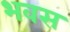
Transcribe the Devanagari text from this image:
भवस